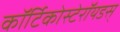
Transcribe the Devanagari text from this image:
कॉर्टिकोस्टेरॉयडस्